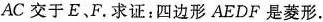
AC交于E、F。求证：四边形AEDF是菱形。